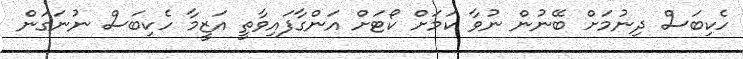
ހެކިބަސް ދިނުމަށް ބޭނުން ނުވާ ކަމަށް ކޯޓަށް އަންގާފައިވާތީ އަޒީމާ ހެކިބަސް ނުނަގަން